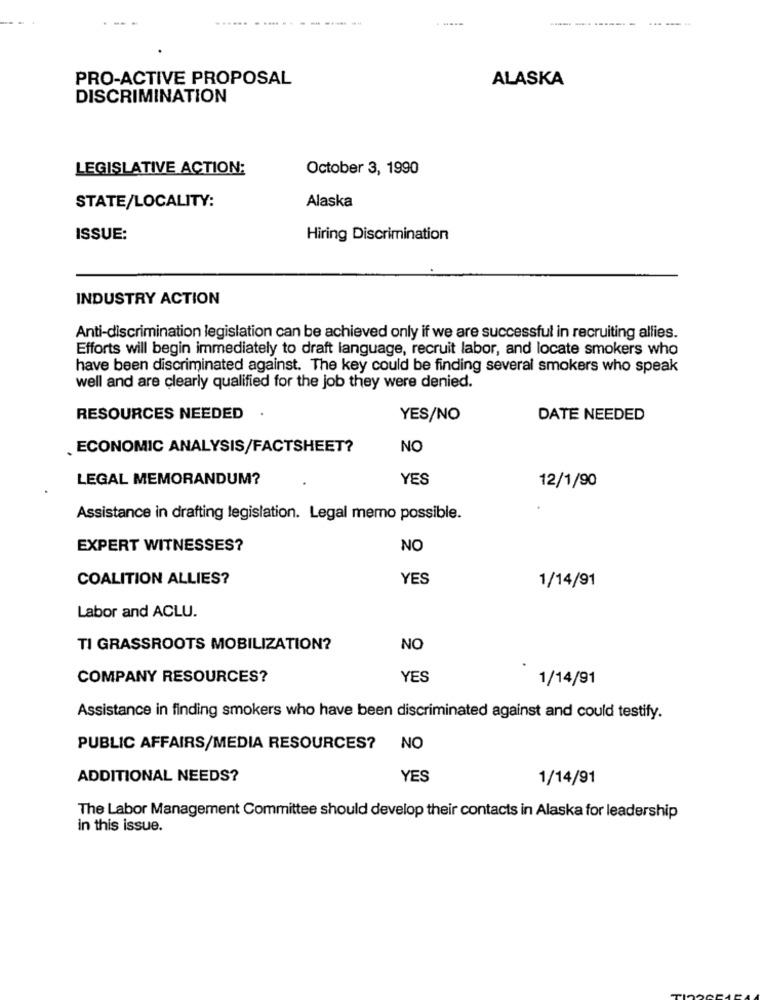
...... . ... . - - - --- --
----
PRO-ACTIVE PROPOSAL
ALASKA
DISCRIMINATION
LEGISLATIVE ACTION:
October 3, 1990
STATE/LOCALITY:
Alaska
ISSUE:
Hiring Discrimination
INDUSTRY ACTION
Anti-discrimination legislation can be achieved only if we are successful in recruiting allies.
Efforts will begin immediately to draft language, recruit labor, and locate smokers who
have been discriminated against. The key could be finding several smokers who speak
well and are clearly qualified for the job they were denied.
RESOURCES NEEDED
.
YES/NO
DATE NEEDED
ECONOMIC ANALYSIS/FACTSHEET?
NO
LEGAL MEMORANDUM?
YES
12/1/90
Assistance in drafting legislation. Legal memo possible.
EXPERT WITNESSES?
NO
COALITION ALLIES?
YES
1/14/91
Labor and ACLU.
TI GRASSROOTS MOBILIZATION?
NO
COMPANY RESOURCES?
YES
1/14/91
Assistance in finding smokers who have been discriminated against and could testify.
PUBLIC AFFAIRS/MEDIA RESOURCES?
NO
ADDITIONAL NEEDS?
YES
1/14/91
The Labor Management Committee should develop their contacts in Alaska for leadership
in this issue.